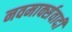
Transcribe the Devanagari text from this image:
नवमार्क्सवादी